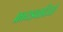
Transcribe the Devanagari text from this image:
फ्रायडवादियों